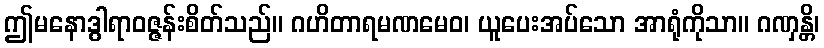
ဤမနောဒွါရာဝဇ္ဇန်းစိတ်သည်။ ဂဟိတာရမဏမေဝ၊ ယူပေးအပ်သော အာရုံကိုသာ။ ဂဏှန္တိ၊